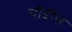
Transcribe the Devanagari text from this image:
चौंडीस